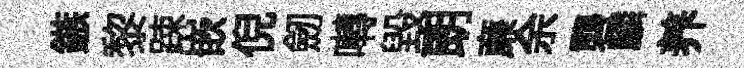
鏃黎踈嵌倪劒囀毁朗亷余礱麟养